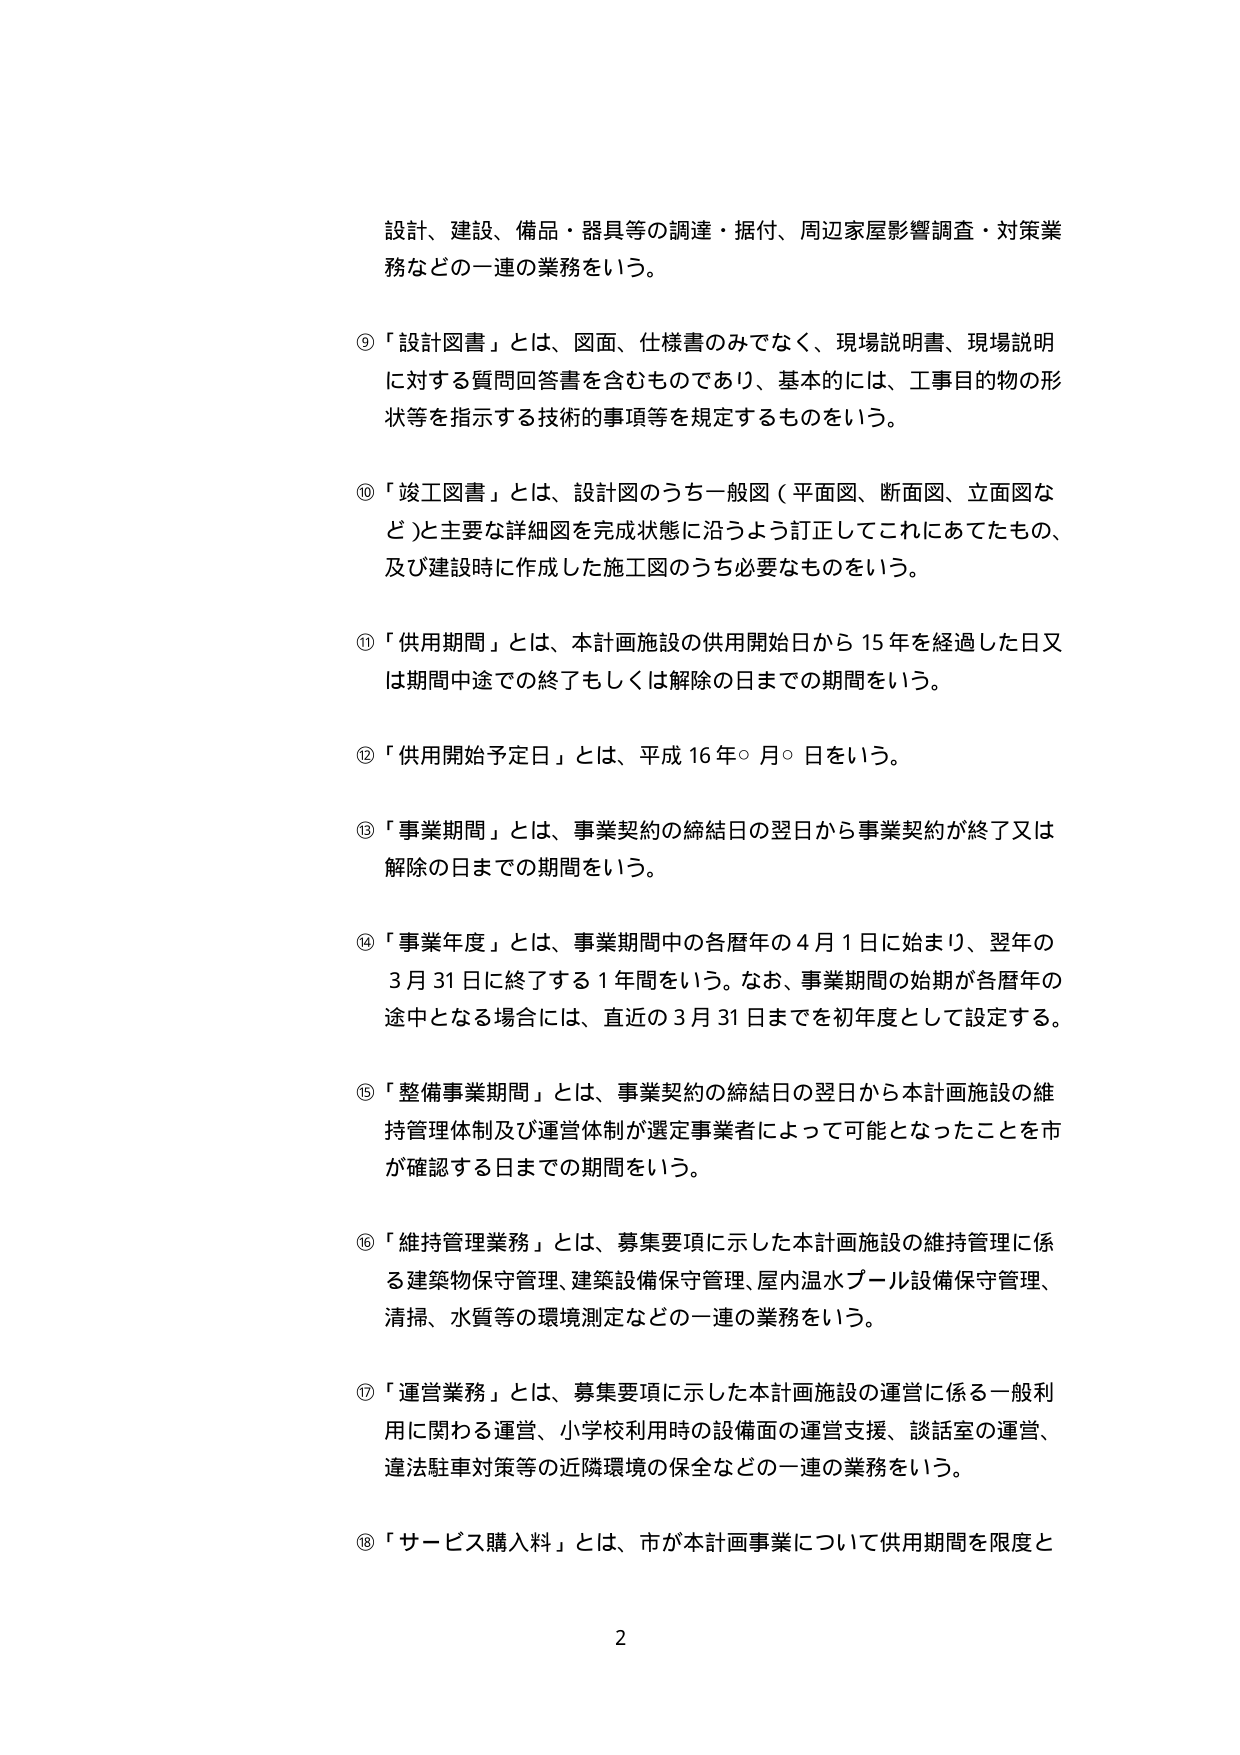
設計、建設、備品・器具等の調達・据付、周辺家屋影響調査・対策業務などの一連の業務をいう。

⑨「設計図書」とは、図面、仕様書のみでなく、現場説明書、現場説明に対する質問回答書を含むものであり、基本的には、工事目的物の形状等を指示する技術的事項等を規定するものをいう。

⑩「竣工図書」とは、設計図のうち一般図（平面図、断面図、立面図など）と主要な詳細図を完成状態に沿うよう訂正してこれにあてたもの、及び建設時に作成した施工図のうち必要なものをいう。

⑪「供用期間」とは、本計画施設の供用開始日から15年を経過した日又は期間中途での終了もしくは解除の日までの期間をいう。

⑫「供用開始予定日」とは、平成16年○月○日をいう。

⑬「事業期間」とは、事業契約の締結日の翌日から事業契約が終了又は解除の日までの期間をいう。

⑭「事業年度」とは、事業期間中の各暦年の4月1日に始まり、翌年の3月31日に終了する1年間をいう。なお、事業期間の始期が各暦年の途中となる場合には、直近の3月31日までを初年度として設定する。

⑮「整備事業期間」とは、事業契約の締結日の翌日から本計画施設の維持管理体制及び運営体制が選定事業者によって可能となったことを市が確認する日までの期間をいう。

⑯「維持管理業務」とは、募集要項に示した本計画施設の維持管理に係る建築物保守管理、建築設備保守管理、屋内温水プール設備保守管理、清掃、水質等の環境測定などの一連の業務をいう。

⑰「運営業務」とは、募集要項に示した本計画施設の運営に係る一般利用に関わる運営、小学校利用時の設備面の運営支援、談話室の運営、違法駐車対策等の近隣環境の保全などの一連の業務をいう。

⑱「サービス購入料」とは、市が本計画事業について供用期間を限度と

2